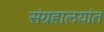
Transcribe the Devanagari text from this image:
संग्रहालयांत